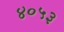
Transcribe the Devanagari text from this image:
४०५३